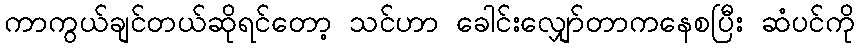
ကာကွယ်ချင်တယ်ဆိုရင်တော့ သင်ဟာ ခေါင်းလျှော်တာကနေစပြီး ဆံပင်ကို